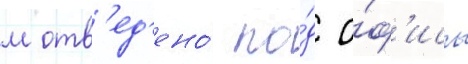
м отв'ед'ено́ по́д о́ф'исы